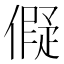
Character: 𬿬